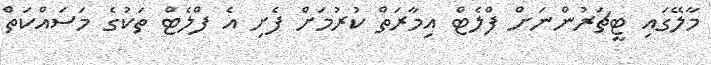
މާލޭގައި ޓީޗަރުންނަށް ފްލެޓް އިމާރަތް ކުރުމަށް ފެށި އެ ފްލެޓް ތަކުގެ މަސައްކަތް